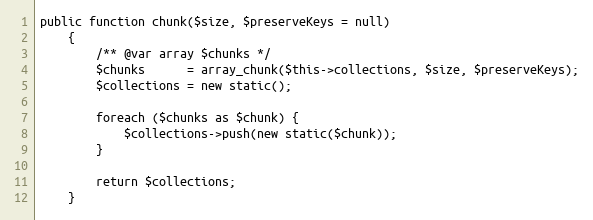
Language: PHP
public function chunk($size, $preserveKeys = null)
    {
        /** @var array $chunks */
        $chunks      = array_chunk($this->collections, $size, $preserveKeys);
        $collections = new static();

        foreach ($chunks as $chunk) {
            $collections->push(new static($chunk));
        }

        return $collections;
    }